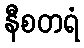
နီစတရံ